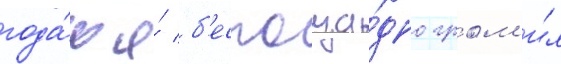
года́х я́ б'еспоща́дно гром'и́л